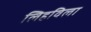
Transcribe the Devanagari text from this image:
लिहविला